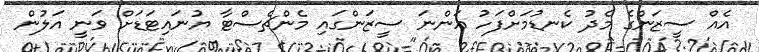
އެއް ސީޒަންގެ މެދު ކެނޑުމަށްފަހު އަންނަ ސީޒަންގައި މެންޗެސްޓާ ޔުނައިޓަޑަށް ވަނީ އަލުން